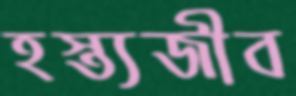
হস্ত্যজীব